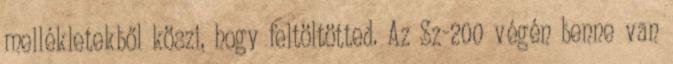
mellékletekből köszi, hogy feltöltötted. Az Sz-200 végén benne van